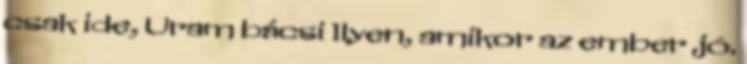
csak ide, Uram bácsi Ilyen, amikor az ember jó.